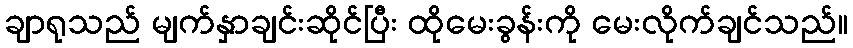
ချာရုသည် မျက်နှာချင်းဆိုင်ပြီး ထိုမေးခွန်းကို မေးလိုက်ချင်သည်။